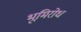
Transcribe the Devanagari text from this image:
भूमिरोध